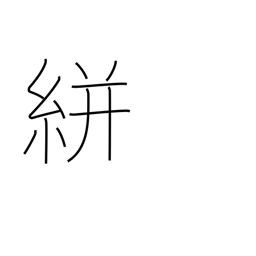
Meaning: splashed pattern (on cloth)